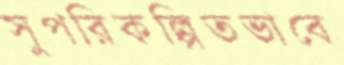
সুপরিকল্পিতভাবে